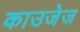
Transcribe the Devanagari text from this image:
काउजेज